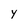
Character: y